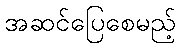
အဆင်ပြေစေမည့်